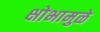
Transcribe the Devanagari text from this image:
क्षोभामुळे